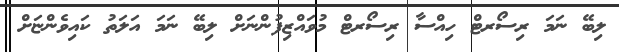
ލިބޭ ނަމަ ރިސޯރޓް ހިއްސާ ރިސޯރޓް މުވައްޒިފުންނަށް ލިބޭ ނަމަ އަލަތު ކައިވެންޏަށް